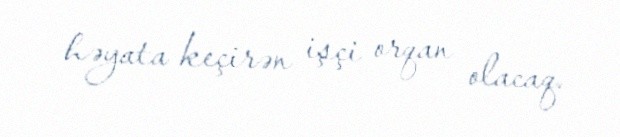
həyata keçirən işçi orqan olacaq.